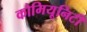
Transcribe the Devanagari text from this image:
कौमियूनिटी